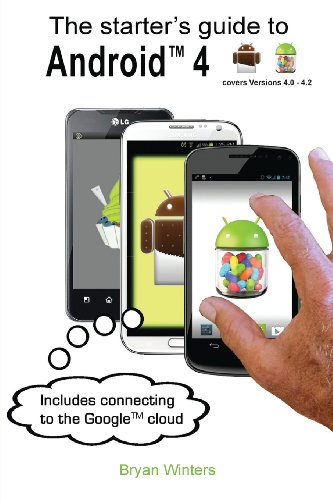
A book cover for The starter's guide to Android 4; Bryan Winters; Computers & Technology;